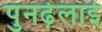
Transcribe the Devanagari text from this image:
पुनर्ढ़लाई